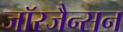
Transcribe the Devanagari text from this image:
जॉरजैन्सन